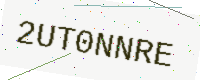
Text: 2UT0NNRE